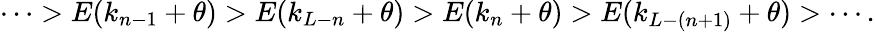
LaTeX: \begin{array}{r}{\cdots>E(k_{n-1}+\theta)>E(k_{L-n}+\theta)>E(k_{n}+\theta)>E(k_{L-(n+1)}+\theta)>\cdots.}\end{array}